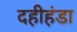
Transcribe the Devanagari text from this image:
दहीहंडा